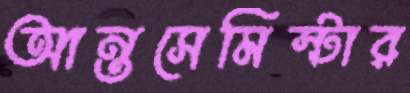
আন্তসেমিস্টার